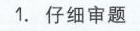
1. 仔细审题